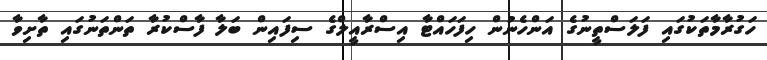
ހަގުރާމާތަކުގައި ފަލަސްތީނުގެ އަންހެނުން ހިފަހައްޓާ އިސްރާއީލްގެ ސިފައިން ބަލާ ފާސްކުރާ ތަންތަނުގައި ތާށިވާ